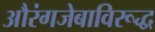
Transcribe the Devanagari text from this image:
औरंगजेबाविरूद्ध